Vaccination in Burma 1900-1911 - 1900-1911
Year: 1900
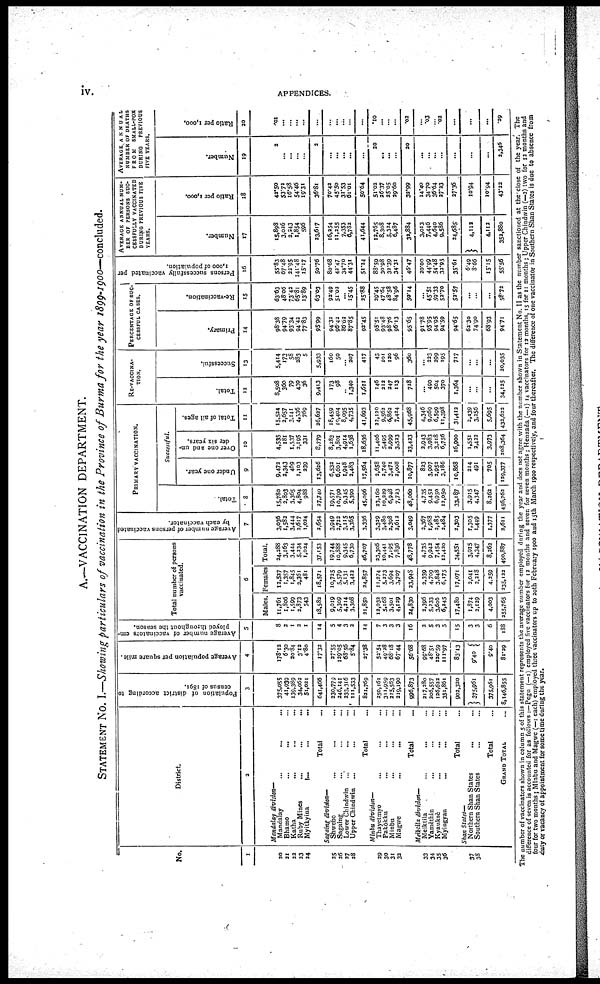
iv.
APPENDICES.
A.—VACCINATION DEPARTMENT.
STATEMENT No. I.—Showing particulars of vaccination in the Province of Burma for the year 1899-1900—concluded.
No.
1
20
21
23
23
24
25
26
27
28
29
30
31
32
33
34
35
36
37
38
District
2
Mandalay
division—
Mandalay...
...
...
Bhamo...
...
...
Katha... ... ...
Ruby Mines... ...
Myitkyina...
...
Total...
Sagaing division—
Shwebo... ...
Sagaing... ...
Lower Chindwin... ...
Upper Chindwin ... ...
Total...
Minbu division—
Thayetmyo... ...
Pakôkku... ...
Minbu... ...
Magwe... ...
Total...
Meiktila division—
Meiktila... ...
Yamèthin... ...
Kyauksè
...
...
Myingyan... ...
Total...
Shan States—
Northern Shan States...
Southern Shan States...
Total...
GRAND TOTAL...
Population of district according to
census of 1891.
3
375,055
41,939
139,389
34,062
51,021
641,466
230,779
246,141
233,316
111,533
831,769
250,161
311,959
215,563
219,100
996,873
317,380
206,557
126,623
351,861
902,320
375,961
375,961
8,146,855
Average population per square mile.
4
178.12
6.30
20.84
3.12
4.80
17.32
27.55
129.05
68.56
5.84
37.38
52.54
49.28
68.18
67.44
56.68
99.68
48.51
120.59
111.97
83.13
9.40
9.40
81.29
Average number of vaccinators em-
ployed throughout the season.
5
8
2
1
3
1
14
5
4
3
3
14
7
3
3
3
16
2
5
3
5
15
3
3
6
188
Total number of persons
vaccinated.
6
Males.
11,761
1,806
1,599
2,873
543
18,582
9,019
5,309
4,214
3,308
21,850
12,032
5,168
3,501
4,129
24,830
2,396
5,233
3,606
6,245
17,480
1,874
2,129
4,003
255,765
Females
12,527
1,357
1,845
3,361
481
18,571
10,725
5,579
5,131
3,422
24,857
11,274
5,273
3,694
3,707
23,948
2,339
4,709
3,848
6,175
17,071
2,041
2,218
4,259
235,122
Total.
24,288
3,163
3,444
5,234
1,024
37,153
19,744
10,888
9,345
6,730
46,707
23,306
10,441
7,195
7,836
48,778
4,735
9,942
7,454
12,420
34,551
3,915
4,347
8,262
490,887
Average number of persons vaccinated
by each vaccinator.
7
3,036
1,582
3,444
3,617
1,024
2,654
3,949
2,722
3,115
3,365
3,336
3,329
3,480
3,398
2,612
3,049
2,367
1,988
2,485
2,484
2,303
1,305
1,449
1,377
2,611
PRIMARY VACCINATION.
Total.
8
15,780
2,803
3,365
4,804
988
27,740
19,571
10,790
9,345
5,390
45,096
23,160
10,229
6,948
7,723
48,060
4,735
9,452
6,950
12,050
33,187
3,915
4,347
8,262
456,762
Successful.
Under one year.
9
9,472
2,343
469
1,103
239
13,626
6,532
6,601
1,948
2,483
17,564
2,658
2,740
3,471
2,008
10,877
823
3,907
3,952
3,186
10,868
214
491
705
129,377
Over one and un-
der six years.
10
4,535
181
1,537
2,195
331
8,779
8,283
3,801
4,914
1,638
18,636
11,406
5,495
2,999
3,523
23,423
2,943
3,983
3,218
6,756
16,900
1,551
2,422
3,973
208,364
Total of all ages.
11
15,524
2,657
3,141
4,536
769
26,627
18,459
10,404
8,095
4,735
41,693
22,120
9,562
6,863
7,434
45,968
4,346
9,069
6,599
11,398
31,412
2,439
3,256
5,695
432,622
RE-VACCINA-
TION.
Total.
12
8,508
360
79
430
36
9,413
173
98
...
1,340
1,611
146
212
247
113
718
...
490
504
370
1,364
...
...
...
34,125
Successful.
13
5,414
173
58
383
5
5,933
160
50
...
307
417
43
101
120
96
360
... 223
299
195
717
...
...
...
20,035
PERCENTAGE OF SUC-
CESSFUL CASES.
Primary.
14
98.38
94.79
93.34
94.42
77.83
95.99
94.32
96.42
86.62
87.85
92.45
95.51
93.48
98.76
96.13
95.65
91.78
95.95
94.95
94.59
94.65
62.30
74.90
68.93
94.71
Re-vaccination.
15
63.63
48.06
73.42
65.81
13.89
63.03
92.49
51.02
...
15.45
25.88
29.45
47.64
48.58
84.96
50.14
...
45.51
59.33
52.70
52.57
...
...
...
58.72
Persons successfully vaccinated per
1,000 of population.
16
55.83
67.48
32.95
141.48
15.17
50.76
80.68
42.47
34.70
44.31
51.24
88.59
30.98
32.39
34.31
46.47
20.00
44.99
54.48
33.95
35.61
6.49
8.66
15.15
55.56
AVERAGE ANNUAL NUM-
BER OF PERSONS SUC-
CESSFULLY VACCINATED
DURING PREVIOUS FIVE
YEARS.
Number.
17
15,898
3,036
2,243
1,854
596
23,617
16,354
11,355
7,353
6,782
41,644
12,765
8,308
5,324
6,487
32,884
3,013
7,446
4,640
9,586
24,685
4,112
4,112
352,880
Ratio per 1,000,
18
42.50
53.72
16.58
54.46
19.31
36.81
70.43
45.50
31.53
61.01
50.64
51.02
36.37
25.05
39.60
32.99
14.40
34.70
36.64
27.23
27.36
10.94
10.94
43.22
AVERAGE ANNUAL
NUMBER OF DEATHS
FROM
SMALL-POX
DURING
PREVIOUS
FIVE YEARS.
Number.
19
2
...
...
...
...
2
...
...
...
...
...
20
...
...
...
20
...
...
...
...
...
...
...
2,346
Ratio per 1,000.
20
.01
...
...
...
...
...
...
...
...
...
...
.10
...
...
...
.02
... .03
...
.03
...
1
...
...
.29
The number of vaccinators shown in column 5 of this statement represents the average number employed during the year and does not agree with the number shown in Statement No. II as the number sanctioned at the close of the year. The
difference of seven is accounted for as follows :— Pegu (—1) employed five vaccinators for 12 months and seven for seven months; Henzada (—1) 14 vaccinators for 12 months, 15 for 11 months; Upper Chindwin (—2) two for 12 months and
four for two months; Minbu and Magwe (—1 each) employed three vaccinators up to 20th February 1900 and 15th March 1900 respectively, and four thereafter. The difference of one vaccinator in Southern Shan States is due to absence from
duty or vacancy of appointment for some time during the year.